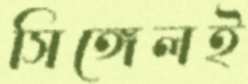
সিঙ্গেলই